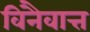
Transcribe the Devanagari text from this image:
विनैवात्त